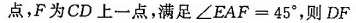
点，F为CD上一点，满足$$∠ E A F = 4 5 °$$，则$$D F